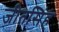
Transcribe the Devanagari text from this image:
जीतसिंह